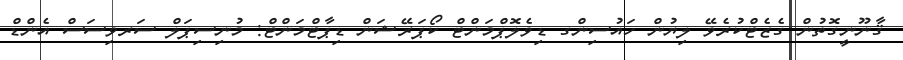
ޤާނޫނީގޮތުން ގެޒެޓްކުރެވޭ ލިޔުން ހައުސިންގ ޑިވެލޮޕްމަންޓް ކޯޕަރޭޝަން ޑިޕާޓްމަންޓް: މުނިސިޕަލް ސަރވިސަސް އެންޑް